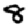
Digit: 8